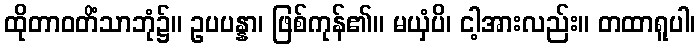
ထိုတာဝတိံသာဘုံ၌။ ဥပပန္နာ၊ ဖြစ်ကုန်၏။ မယှံပိ၊ ငါ့အားလည်း။ တထာရူပါ၊